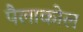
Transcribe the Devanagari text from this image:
पैलाकोल